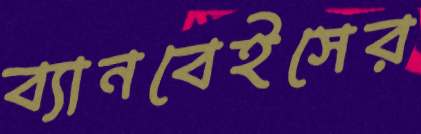
ব্যানবেইসের